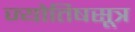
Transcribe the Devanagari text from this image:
ज्योतिषसूत्र